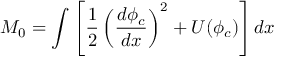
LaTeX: M _ { 0 } = \int \left[ \frac { 1 } { 2 } \left( \frac { d \phi _ { c } } { d x } \right) ^ { 2 } + U ( \phi _ { c } ) \right] d x